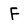
Character: F